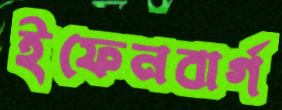
ইফেনবার্গ